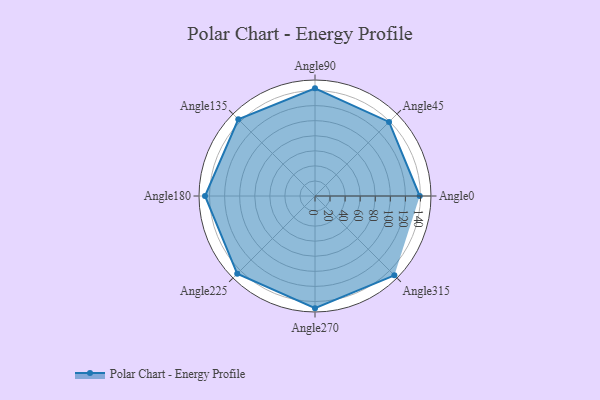
{"axis": {"x": "Angle", "y": "Radius"}, "legend": [""], "data": [{"x": "Angle0", "y": 139.0, "type": ""}, {"x": "Angle45", "y": 139.0, "type": ""}, {"x": "Angle90", "y": 143.0, "type": ""}, {"x": "Angle135", "y": 144.0, "type": ""}, {"x": "Angle180", "y": 146.0, "type": ""}, {"x": "Angle225", "y": 146.0, "type": ""}, {"x": "Angle270", "y": 149.0, "type": ""}, {"x": "Angle315", "y": 149.0, "type": ""}]}